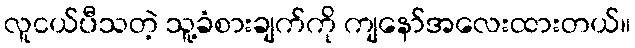
လူငယ်ပီသတဲ့ သူ့ခံစားချက်ကို ကျနော်အလေးထားတယ်။